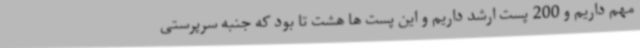
مهم داریم و 200 پست ارشد داریم و این پست ها هشت تا بود که جنبه سرپرستی